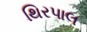
થિરપાલ